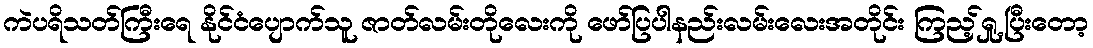
ကဲပရိသတ်ကြီးရေ နိုင်ငံပျောက်သူ ဇာတ်လမ်းတိုလေးကို ဖော်ပြပါနည်းလမ်းလေးအတိုင်း ကြည့်ရှု့ပြီးတော့